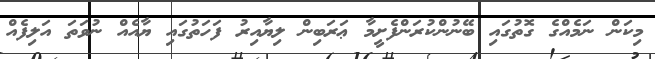
މިކަން ނަމެއްގެ ގޮތުގައި ބޭނުންކުރަންފެށީމާ ޢަރަބިން ލިޔާއިރު ފަހަތުގައި ޔާއެއް ނުވަތަ އަލިފެއް